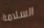
السلامة